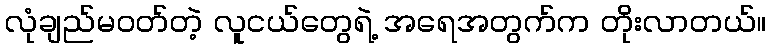
လုံချည်မဝတ်တဲ့ လူငယ်တွေရဲ့ အရေအတွက်က တိုးလာတယ်။